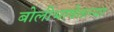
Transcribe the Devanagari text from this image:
बोलीभाषेतल्या